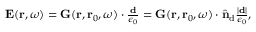
\begin{array} { r } { \mathbf { E } ( \mathbf { r } , \omega ) = \mathbf { G } ( \mathbf { r } , \mathbf { r } _ { 0 } , \omega ) \cdot \frac { \mathbf { d } } { \epsilon _ { 0 } } = \mathbf { G } ( \mathbf { r } , \mathbf { r } _ { 0 } , \omega ) \cdot \hat { \mathbf { n } } _ { \mathrm { d } } \frac { | \mathbf { d } | } { \epsilon _ { 0 } } , } \end{array}